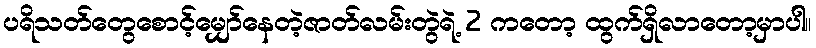
ပရိသတ်တွေစောင့်မျှော်နေတဲ့ဇာတ်လမ်းတွဲရဲ့ 2 ကတော့ ထွက်ရှိလာတော့မှာပါ။